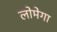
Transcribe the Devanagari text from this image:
लोमेगा